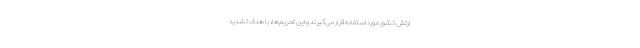
ارتش کشور مورد استفاده قرار می‌گیرند و این تحریم‌ها، با هدف تشدید